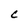
Character: C